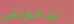
يدعونني